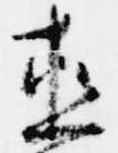
直